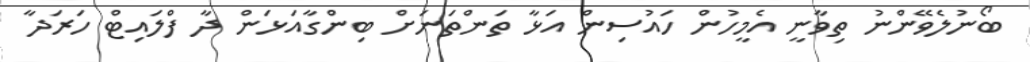
ބޯނުލެވޭންނު ތިވާނީ އެމީހުން ހައުސިން އަޅާ ތަންތަނަށް ބިންގާއަޅަން ދާ ފްލައިޓް ހަރަދާ